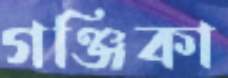
গঞ্জিকা